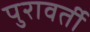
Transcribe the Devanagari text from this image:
पुरावर्ती